Civil Veterinary Dept. North-West Frontier Province 1923-32 - 1923-1932
Year: 1923
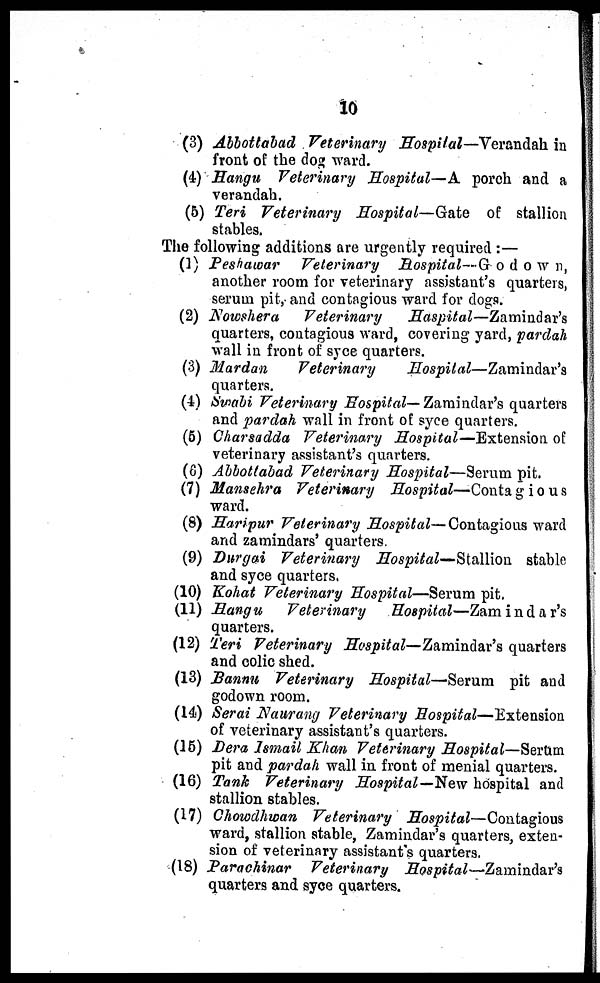
10
(3) Abbottabad Veterinary Hospital—Verandah in
front of the dog ward.
(4) Hangu Veterinary Hospital—A porch and a
verandah.
(5) Teri Veterinary Hospital—Gate
of stallion
stables.
The following additions are urgently required :—
(1) Peshawar
Veterinary
Hospital—Godown,
another room for veterinary assistant's quarters,
serum pit, and contagious ward for dogs.
(2) Nowshera Veterinary
Haspital—Zamindar's
quarters, contagious ward, covering yard, pardah
wall in front of syce quarters.
(3) Mardan
Veterinary
Hospital—Zamindar's
quarters.
(4) Swabi Veterinary Hospital— Zamindar's quarters
and pardah wall in front of syce quarters.
(5) Charsadda Veterinary Hospital—Extension of
veterinary assistant's quarters.
(6) Abbottabad Veterinary Hospital—Serum pit.
(7) Mansehra Veterinary
Hospital—Contagious
ward.
(8) Haripur Veterinary Hospital—Contagious ward
and zamindars' quarters.
(9) Durgai Veterinary Hospital— Stallion stable
and syce quarters.
(10) Kohat Veterinary Hospital—Serum pit.
(11) Hangu
Veterinary
Hospital—Zamindar's
quarters.
(12) Teri Veterinary Hospital—Zamindar's quarters
and colic shed.
(13) Bannu Veterinary Hospital—Serum
pit and
godown room.
(14) Serai Naurang Veterinary
Hospital—Extension
of veterinary assistant's quarters.
(15) Dera Ismail Khan Veterinary Hospital—Serum
pit and pardah wall in front of menial quarters.
(16) Tank Veterinary Hospital--New hospital and
stallion stables.
(17) Chowdhwan Veterinary
Hospital—Contagious
ward, stallion stable, Zamindar's quarters, exten-
sion of veterinary assistant's quarters.
(18) Parachinar
Veterinary
Hospital—Zamindar's
quarters and syce quarters.